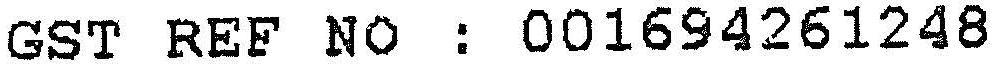
GST REF NO : 001694261248